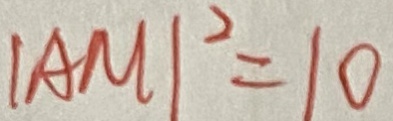
\vert A M \vert ^ { 2 } = 1 0